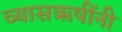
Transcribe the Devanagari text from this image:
व्यासऋषींनी